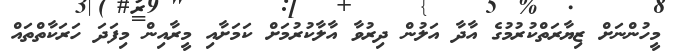
މީހުންނަށް ޒިޔާރަތްކުރުމުގެ އާދާ އަލުން ދިރުވާ އާލާކުރުމަށް ކަމަށާއި މީރާއިން މިފަދަ ހަރަކާތްތައް